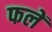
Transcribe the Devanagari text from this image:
फलें